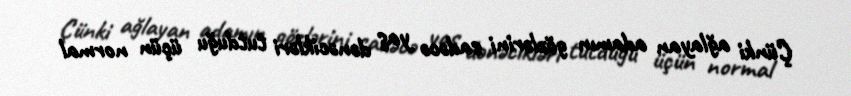
Çünki ağlayan adamın gözlərini sadəcə yaş dənəcikləri tutduğu üçün normal